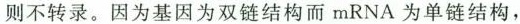
则不转录。因为基因为双链结构而mRNA为单链结构，